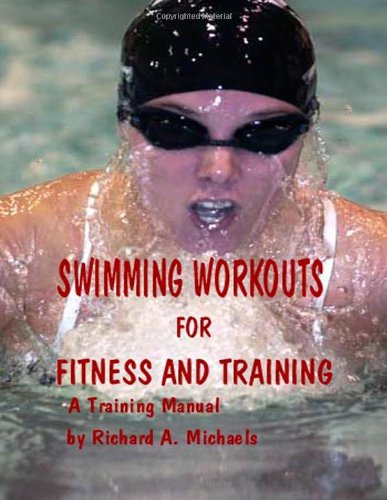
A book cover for Swimming Workouts For Fitness and Training; Richard Michaels; Health, Fitness & Dieting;